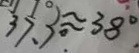
3 7 . 3 ^ { \circ } \approx 3 8 ^ { \circ } .